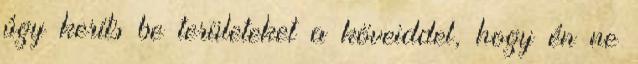
úgy keríts be területeket a köveiddel, hogy én ne